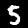
Digit: 5